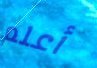
أعلم